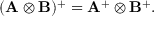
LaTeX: ( \mathbf { A } \otimes \mathbf { B } ) ^ { + } = \mathbf { A } ^ { + } \otimes \mathbf { B } ^ { + } .